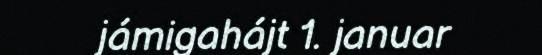
jámigahájt 1. januar